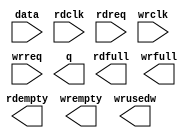
// megafunction wizard: %FIFO%VBB%
// GENERATION: STANDARD
// VERSION: WM1.0
// MODULE: dcfifo_mixed_widths 

// ============================================================
// Megafunction Name(s):
// 			dcfifo_mixed_widths
//
// Simulation Library Files(s):
// 			altera_mf
// ============================================================
// ************************************************************
// THIS IS A WIZARD-GENERATED FILE. DO NOT EDIT THIS FILE!
//
// 14.1.1 Build 190 01/19/2015 SJ Full Version
// ************************************************************

//Copyright (C) 1991-2015 Altera Corporation. All rights reserved.
//Your use of Altera Corporation's design tools, logic functions 
//and other software and tools, and its AMPP partner logic 
//functions, and any output files from any of the foregoing 
//(including device programming or simulation files), and any 
//associated documentation or information are expressly subject 
//to the terms and conditions of the Altera Program License 
//Subscription Agreement, the Altera Quartus II License Agreement,
//the Altera MegaCore Function License Agreement, or other 
//applicable license agreement, including, without limitation, 
//that your use is for the sole purpose of programming logic 
//devices manufactured by Altera and sold by Altera or its 
//authorized distributors.  Please refer to the applicable 
//agreement for further details.

module DATA_ACQ_FIFO_8_To_1 (
	data,
	rdclk,
	rdreq,
	wrclk,
	wrreq,
	q,
	rdempty,
	rdfull,
	wrempty,
	wrfull,
	wrusedw);

	input	[127:0]  data;
	input	  rdclk;
	input	  rdreq;
	input	  wrclk;
	input	  wrreq;
	output	[15:0]  q;
	output	  rdempty;
	output	  rdfull;
	output	  wrempty;
	output	  wrfull;
	output	[10:0]  wrusedw;

endmodule

// ============================================================
// CNX file retrieval info
// ============================================================
// Retrieval info: PRIVATE: AlmostEmpty NUMERIC "0"
// Retrieval info: PRIVATE: AlmostEmptyThr NUMERIC "-1"
// Retrieval info: PRIVATE: AlmostFull NUMERIC "0"
// Retrieval info: PRIVATE: AlmostFullThr NUMERIC "-1"
// Retrieval info: PRIVATE: CLOCKS_ARE_SYNCHRONIZED NUMERIC "0"
// Retrieval info: PRIVATE: Clock NUMERIC "4"
// Retrieval info: PRIVATE: Depth NUMERIC "2048"
// Retrieval info: PRIVATE: Empty NUMERIC "1"
// Retrieval info: PRIVATE: Full NUMERIC "1"
// Retrieval info: PRIVATE: INTENDED_DEVICE_FAMILY STRING "Stratix IV"
// Retrieval info: PRIVATE: LE_BasedFIFO NUMERIC "0"
// Retrieval info: PRIVATE: LegacyRREQ NUMERIC "1"
// Retrieval info: PRIVATE: MAX_DEPTH_BY_9 NUMERIC "0"
// Retrieval info: PRIVATE: OVERFLOW_CHECKING NUMERIC "0"
// Retrieval info: PRIVATE: Optimize NUMERIC "2"
// Retrieval info: PRIVATE: RAM_BLOCK_TYPE NUMERIC "0"
// Retrieval info: PRIVATE: SYNTH_WRAPPER_GEN_POSTFIX STRING "0"
// Retrieval info: PRIVATE: UNDERFLOW_CHECKING NUMERIC "0"
// Retrieval info: PRIVATE: UsedW NUMERIC "1"
// Retrieval info: PRIVATE: Width NUMERIC "128"
// Retrieval info: PRIVATE: dc_aclr NUMERIC "0"
// Retrieval info: PRIVATE: diff_widths NUMERIC "1"
// Retrieval info: PRIVATE: msb_usedw NUMERIC "0"
// Retrieval info: PRIVATE: output_width NUMERIC "16"
// Retrieval info: PRIVATE: rsEmpty NUMERIC "1"
// Retrieval info: PRIVATE: rsFull NUMERIC "1"
// Retrieval info: PRIVATE: rsUsedW NUMERIC "0"
// Retrieval info: PRIVATE: sc_aclr NUMERIC "0"
// Retrieval info: PRIVATE: sc_sclr NUMERIC "0"
// Retrieval info: PRIVATE: wsEmpty NUMERIC "1"
// Retrieval info: PRIVATE: wsFull NUMERIC "1"
// Retrieval info: PRIVATE: wsUsedW NUMERIC "1"
// Retrieval info: LIBRARY: altera_mf altera_mf.altera_mf_components.all
// Retrieval info: CONSTANT: INTENDED_DEVICE_FAMILY STRING "Stratix IV"
// Retrieval info: CONSTANT: LPM_NUMWORDS NUMERIC "2048"
// Retrieval info: CONSTANT: LPM_SHOWAHEAD STRING "OFF"
// Retrieval info: CONSTANT: LPM_TYPE STRING "dcfifo_mixed_widths"
// Retrieval info: CONSTANT: LPM_WIDTH NUMERIC "128"
// Retrieval info: CONSTANT: LPM_WIDTHU NUMERIC "11"
// Retrieval info: CONSTANT: LPM_WIDTHU_R NUMERIC "14"
// Retrieval info: CONSTANT: LPM_WIDTH_R NUMERIC "16"
// Retrieval info: CONSTANT: OVERFLOW_CHECKING STRING "ON"
// Retrieval info: CONSTANT: RDSYNC_DELAYPIPE NUMERIC "5"
// Retrieval info: CONSTANT: UNDERFLOW_CHECKING STRING "ON"
// Retrieval info: CONSTANT: USE_EAB STRING "ON"
// Retrieval info: CONSTANT: WRSYNC_DELAYPIPE NUMERIC "5"
// Retrieval info: USED_PORT: data 0 0 128 0 INPUT NODEFVAL "data[127..0]"
// Retrieval info: USED_PORT: q 0 0 16 0 OUTPUT NODEFVAL "q[15..0]"
// Retrieval info: USED_PORT: rdclk 0 0 0 0 INPUT NODEFVAL "rdclk"
// Retrieval info: USED_PORT: rdempty 0 0 0 0 OUTPUT NODEFVAL "rdempty"
// Retrieval info: USED_PORT: rdfull 0 0 0 0 OUTPUT NODEFVAL "rdfull"
// Retrieval info: USED_PORT: rdreq 0 0 0 0 INPUT NODEFVAL "rdreq"
// Retrieval info: USED_PORT: wrclk 0 0 0 0 INPUT NODEFVAL "wrclk"
// Retrieval info: USED_PORT: wrempty 0 0 0 0 OUTPUT NODEFVAL "wrempty"
// Retrieval info: USED_PORT: wrfull 0 0 0 0 OUTPUT NODEFVAL "wrfull"
// Retrieval info: USED_PORT: wrreq 0 0 0 0 INPUT NODEFVAL "wrreq"
// Retrieval info: USED_PORT: wrusedw 0 0 11 0 OUTPUT NODEFVAL "wrusedw[10..0]"
// Retrieval info: CONNECT: @data 0 0 128 0 data 0 0 128 0
// Retrieval info: CONNECT: @rdclk 0 0 0 0 rdclk 0 0 0 0
// Retrieval info: CONNECT: @rdreq 0 0 0 0 rdreq 0 0 0 0
// Retrieval info: CONNECT: @wrclk 0 0 0 0 wrclk 0 0 0 0
// Retrieval info: CONNECT: @wrreq 0 0 0 0 wrreq 0 0 0 0
// Retrieval info: CONNECT: q 0 0 16 0 @q 0 0 16 0
// Retrieval info: CONNECT: rdempty 0 0 0 0 @rdempty 0 0 0 0
// Retrieval info: CONNECT: rdfull 0 0 0 0 @rdfull 0 0 0 0
// Retrieval info: CONNECT: wrempty 0 0 0 0 @wrempty 0 0 0 0
// Retrieval info: CONNECT: wrfull 0 0 0 0 @wrfull 0 0 0 0
// Retrieval info: CONNECT: wrusedw 0 0 11 0 @wrusedw 0 0 11 0
// Retrieval info: GEN_FILE: TYPE_NORMAL DATA_ACQ_FIFO_8_To_1.v TRUE
// Retrieval info: GEN_FILE: TYPE_NORMAL DATA_ACQ_FIFO_8_To_1.inc TRUE
// Retrieval info: GEN_FILE: TYPE_NORMAL DATA_ACQ_FIFO_8_To_1.cmp TRUE
// Retrieval info: GEN_FILE: TYPE_NORMAL DATA_ACQ_FIFO_8_To_1.bsf TRUE
// Retrieval info: GEN_FILE: TYPE_NORMAL DATA_ACQ_FIFO_8_To_1_inst.v TRUE
// Retrieval info: GEN_FILE: TYPE_NORMAL DATA_ACQ_FIFO_8_To_1_bb.v TRUE
// Retrieval info: LIB_FILE: altera_mf